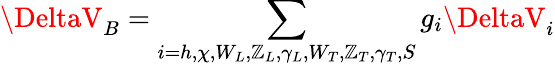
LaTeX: \DeltaV_{B}=\sum_{i=h,\chi,W_{L},\mathbb{Z}_{L},\gamma_{L},W_{T},\mathbb{Z}_{T},\gamma_{T},S}g_{i}\DeltaV_{i}